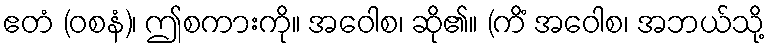
ဧတံ (ဝစနံ)၊ ဤစကားကို။ အဝေါစ၊ ဆို၏။ (ကိံ အဝေါစ၊ အဘယ်သို့